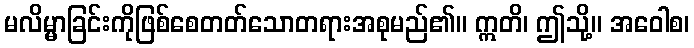
မလိမ္မာခြင်းကိုဖြစ်စေတတ်သောတရားအစုမည်၏။ ဣတိ၊ ဤသို့။ အဝေါစ၊